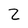
Character: Z